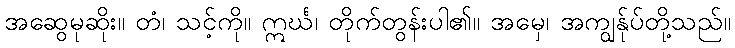
အဆွေမုဆိုး။ တံ၊ သင့်ကို။ ဣင်္ဃ၊ တိုက်တွန်းပါ၏။ အမှေ၊ အကျွန်ုပ်တို့သည်။